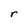
Character: r